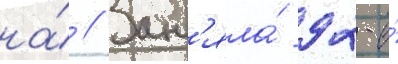
на́ // Зан'яла́ 92-е́